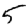
Digit: 5